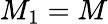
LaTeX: M_{1}=M